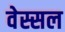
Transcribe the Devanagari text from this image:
वेस्सल